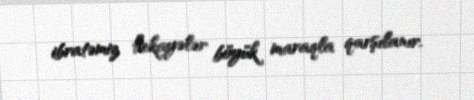
ibratəmiz hekayələr böyük maraqla qarşılanır.